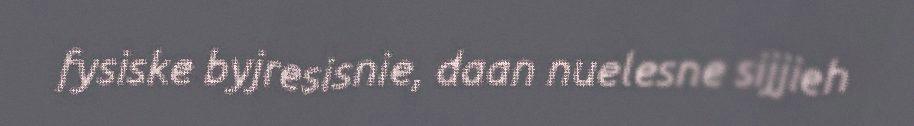
fysiske byjresisnie, daan nuelesne sijjieh